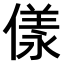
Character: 𠍵